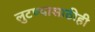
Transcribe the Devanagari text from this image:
लुटण्यासाठीही